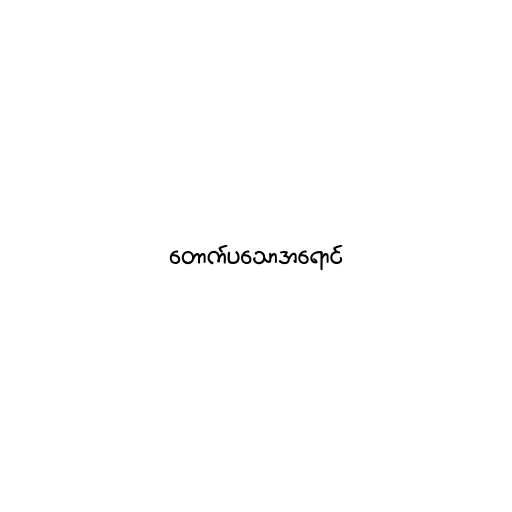
တောက်ပသောအရောင်